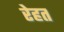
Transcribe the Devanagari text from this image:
रेहत